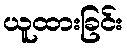
ယူထားခြင်း